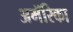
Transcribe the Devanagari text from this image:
अमॅरिका